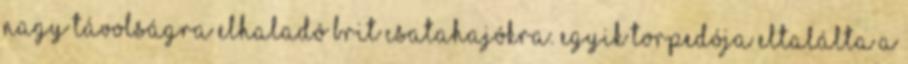
nagy távolságra elhaladó brit csatahajókra. Egyik torpedója eltalálta a